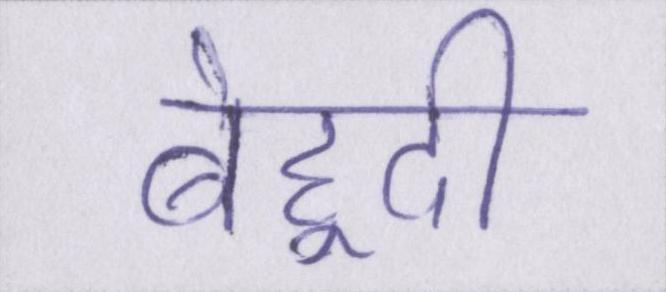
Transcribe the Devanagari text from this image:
बेहूदी